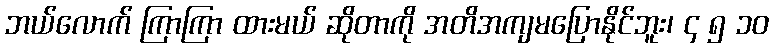
ဘယ်လောက် ကြာကြာ ထားမယ် ဆိုတာကို အတိအကျမပြောနိုင်ဘူး၊ ၄ ၅ ၁၀